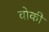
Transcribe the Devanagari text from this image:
वोकी